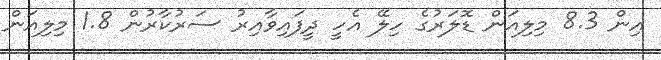
އިން 8.3 މިލިއަން ޑޮލަރުގެ ހިލޭ އެހީ ދީފައިވާއިރު ސަރުކާރުން 1.8 މިލިއަން